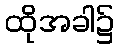
ထိုအခါ၌